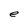
Character: e